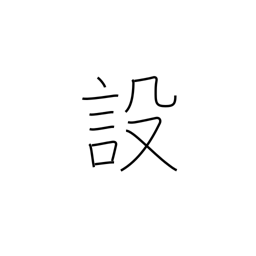
Meaning: provision